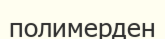
полимерден